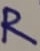
Text: R